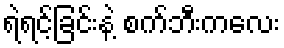
ရဲရင့်ခြင်းနဲ့ စက်ဘီးကလေး